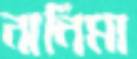
নানিমা